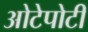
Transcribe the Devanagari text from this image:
ओटेपोटी